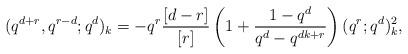
LaTeX: \begin{align*}(q^{d+r},q^{r-d};q^d)_k=-q^r\frac{[d-r]}{[r]}\left(1+\frac{1-q^d}{q^d-q^{dk+r}}\right)(q^r;q^d)_k^2,\end{align*}